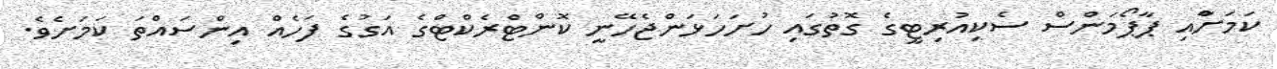
ކަމަށްާއި ޕާޕޯމަންސް ސެކިއުރިޓީގެ ގޮތުގައި ހުށަހަޅަންޖެހޭނީ ކޮންޓްރެކްޓްގެ އަގުގެ ފަހެއް އިންސައްތަ ކަމަށެވެ.